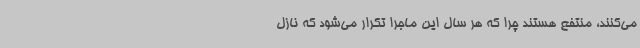
می‌کنند، منتفع هستند چرا که هر سال این ماجرا تکرار می‌شود که نازل